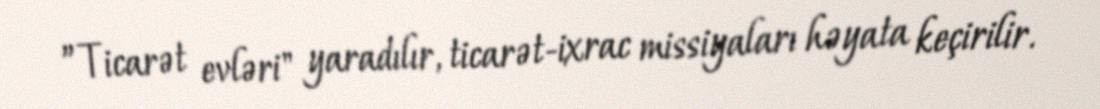
”Ticarət evləri" yaradılır, ticarət-ixrac missiyaları həyata keçirilir.